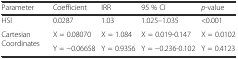
| Parameter | Coefficient | IRR | 95 % CI | p-value |
 | --- | --- | --- | --- | --- |
 | HSI | 0.0287 | 1.03 | 1.025–1.035 | <0.001 |
 | <ROWSPAN=2> Cartesian Coordinates | X = 0.08070 | X = 1.084 | X = 0.019-0.147 | X = 0.0102 |
 | Y = −0.06658 | Y = 0.9356 | Y = −0.236-0.102 | Y = 0.4123 |